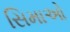
સિમાઓ